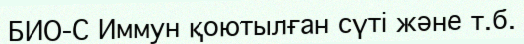
БИО-С Иммун қоютылған сүті және т.б.